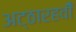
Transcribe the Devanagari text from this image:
अट्ठारहवीँ